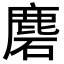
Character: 𪊞